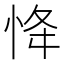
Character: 𢘸